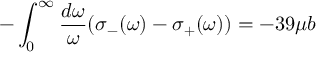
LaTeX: - \int _ { 0 } ^ { \infty } { \frac { d \omega } { \omega } } ( \sigma _ { - } ( \omega ) - \sigma _ { + } ( \omega ) ) = - 3 9 \mu b